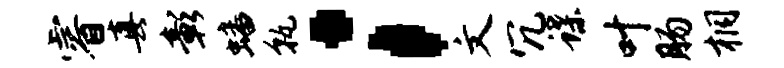
睿真彰蟠孰；文冗蝶叶肠桐